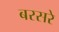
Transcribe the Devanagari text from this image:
बरसरे